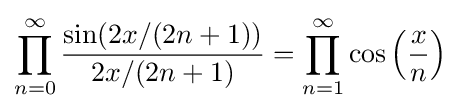
\prod _{n=0}^{\infty }{\frac {\sin(2x/(2n+1))}{2x/(2n+1)}}=\prod _{n=1}^{\infty }\cos \left({\frac {x}{n}}\right)